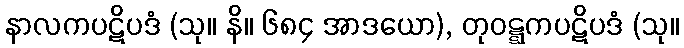
နာလကပဋိပဒံ (သု။ နိ။ ၆၈၄ အာဒယော), တုဝဋ္ဋကပဋိပဒံ (သု။